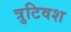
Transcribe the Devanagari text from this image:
त्रुटिवश